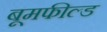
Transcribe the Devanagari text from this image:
बूमफील्ड